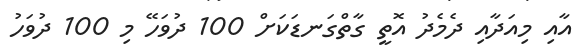
އާއި މިއަދާއި ދެމެދު އޮތީ ގާތްގަނޑަކަށް 100 ދުވަހޭ މި 100 ދުވަހު